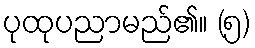
ပုထုပညာမည်၏။ (၅)